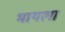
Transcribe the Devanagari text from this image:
भायला